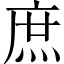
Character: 庶